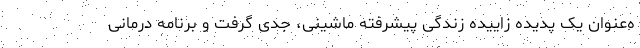
ه‌عنوان یک پدیده زاییده زندگی پیشرفته ماشینی، جدی گرفت و برنامه درمانی